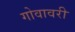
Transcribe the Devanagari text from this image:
गोवावरी